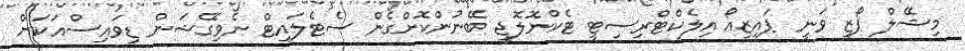
މިޝޭލް ޕޯޒީ ވަނީ ޕައިޒިއޯ އިލެކްޓްރިސިޓީ ޓެކްނޮލޮޖީ ބޭނުންކޮށްގެން ސެޓެލައިޓް ނެވިގޭޝަން ޑިވައިސްއަކަށް